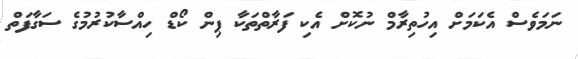
ނަމަވެސް އެކަމަށް އިހުތިރާމް ނުކޮށް އެކި ފަރާތްތަކާ ޕިން ކޯޑް ހިއްސާކުރުމުގެ ސަގާފަތް